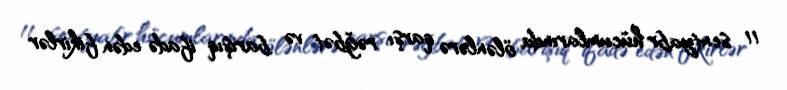
11 sentyabr hücumlarında ölənlərə qarşı rəğbət və barışıq ifadə edən fikirlər